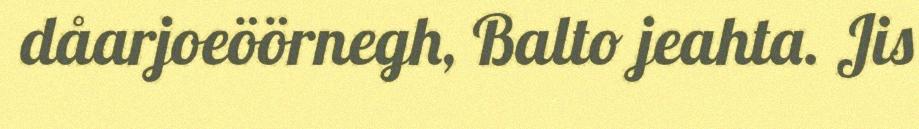
dåarjoeöörnegh, Balto jeahta. Jis